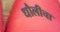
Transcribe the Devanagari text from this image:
धौलीचा